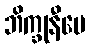
ဘိက္ခုနီပေ